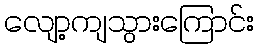
လျော့ကျသွားကြောင်း